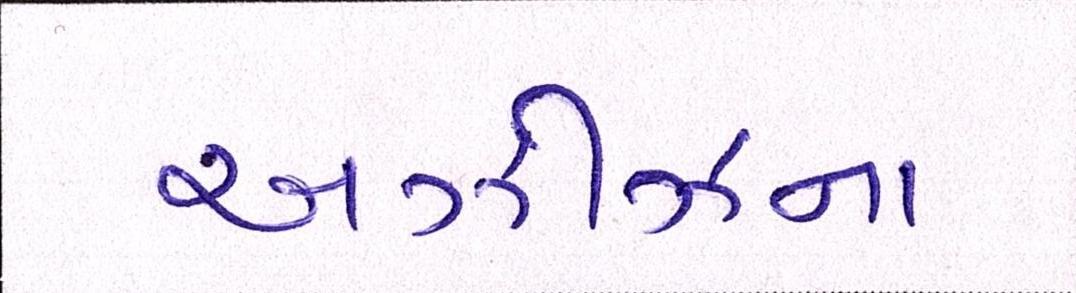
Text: અઝીઝના